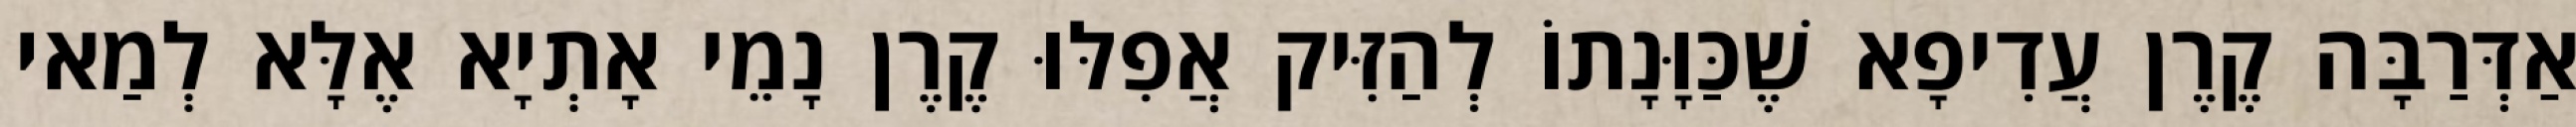
אַדְּרַבָּה קֶרֶן עֲדִיפָא שֶׁכַּוָּנָתוֹ לְהַזִּיק אֲפִלּוּ קֶרֶן נָמֵי אָתְיָא אֶלָּא לְמַאי